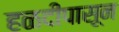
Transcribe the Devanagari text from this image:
हळदीपासून